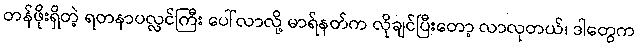
တန်ဖိုးရှိတဲ့ ရတနာပလ္လင်ကြီး ပေါ်လာလို့ မာရ်နတ်က လိုချင်ပြီးတော့ လာလုတယ်၊ ဒါတွေက